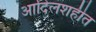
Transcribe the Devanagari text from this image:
आदिलशहीत